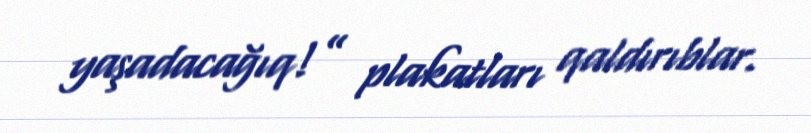
yaşadacağıq!” plakatları qaldırıblar.